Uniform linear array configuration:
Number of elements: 8
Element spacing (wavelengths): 0.75
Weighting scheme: uniform
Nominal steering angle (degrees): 45
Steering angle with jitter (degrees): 44.138
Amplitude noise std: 0.05
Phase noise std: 0.05

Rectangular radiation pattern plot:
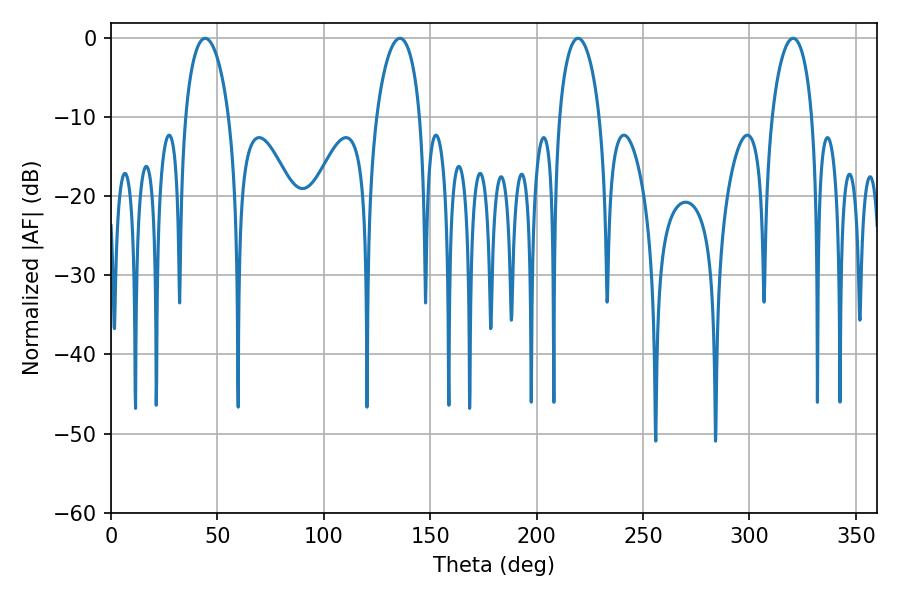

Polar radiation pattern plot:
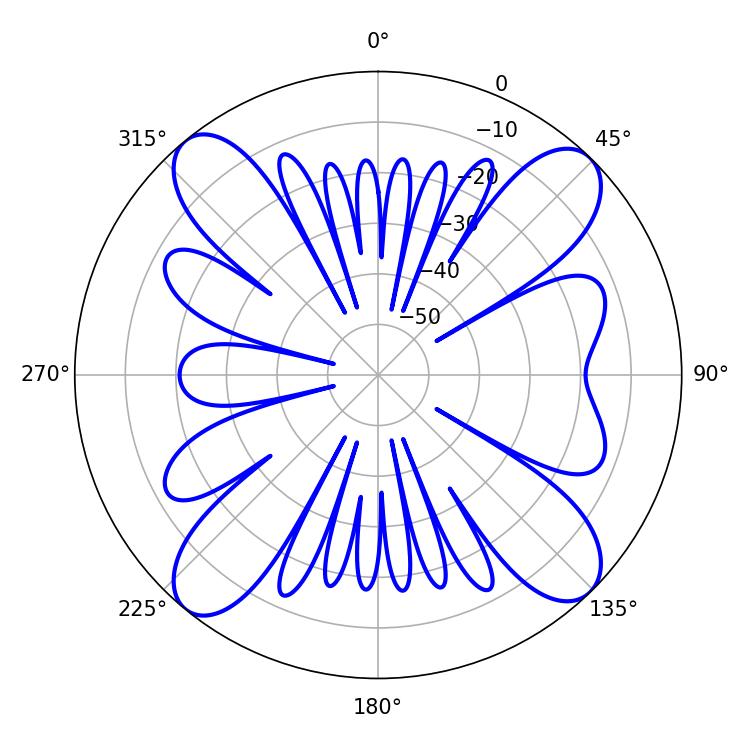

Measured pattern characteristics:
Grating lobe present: TRUE
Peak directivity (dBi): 15.346
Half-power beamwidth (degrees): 11.7
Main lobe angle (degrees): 44.28